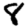
Digit: 8